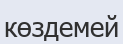
көздемей